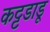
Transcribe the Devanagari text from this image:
कट्टडाडू